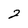
Character: 2